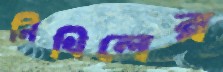
নিখিলের